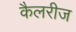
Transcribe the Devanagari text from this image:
कैलरीज